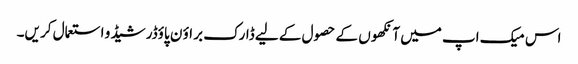
اس میک اپ میں آنکھو ں کے حصو ل کے لیے ڈارک بر اؤ ن پاؤڈر شیڈ و استعمال کر یں۔